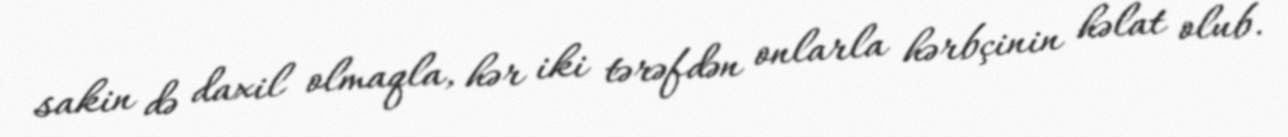
sakin də daxil olmaqla, hər iki tərəfdən onlarla hərbçinin həlat olub.